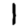
Digit: 1